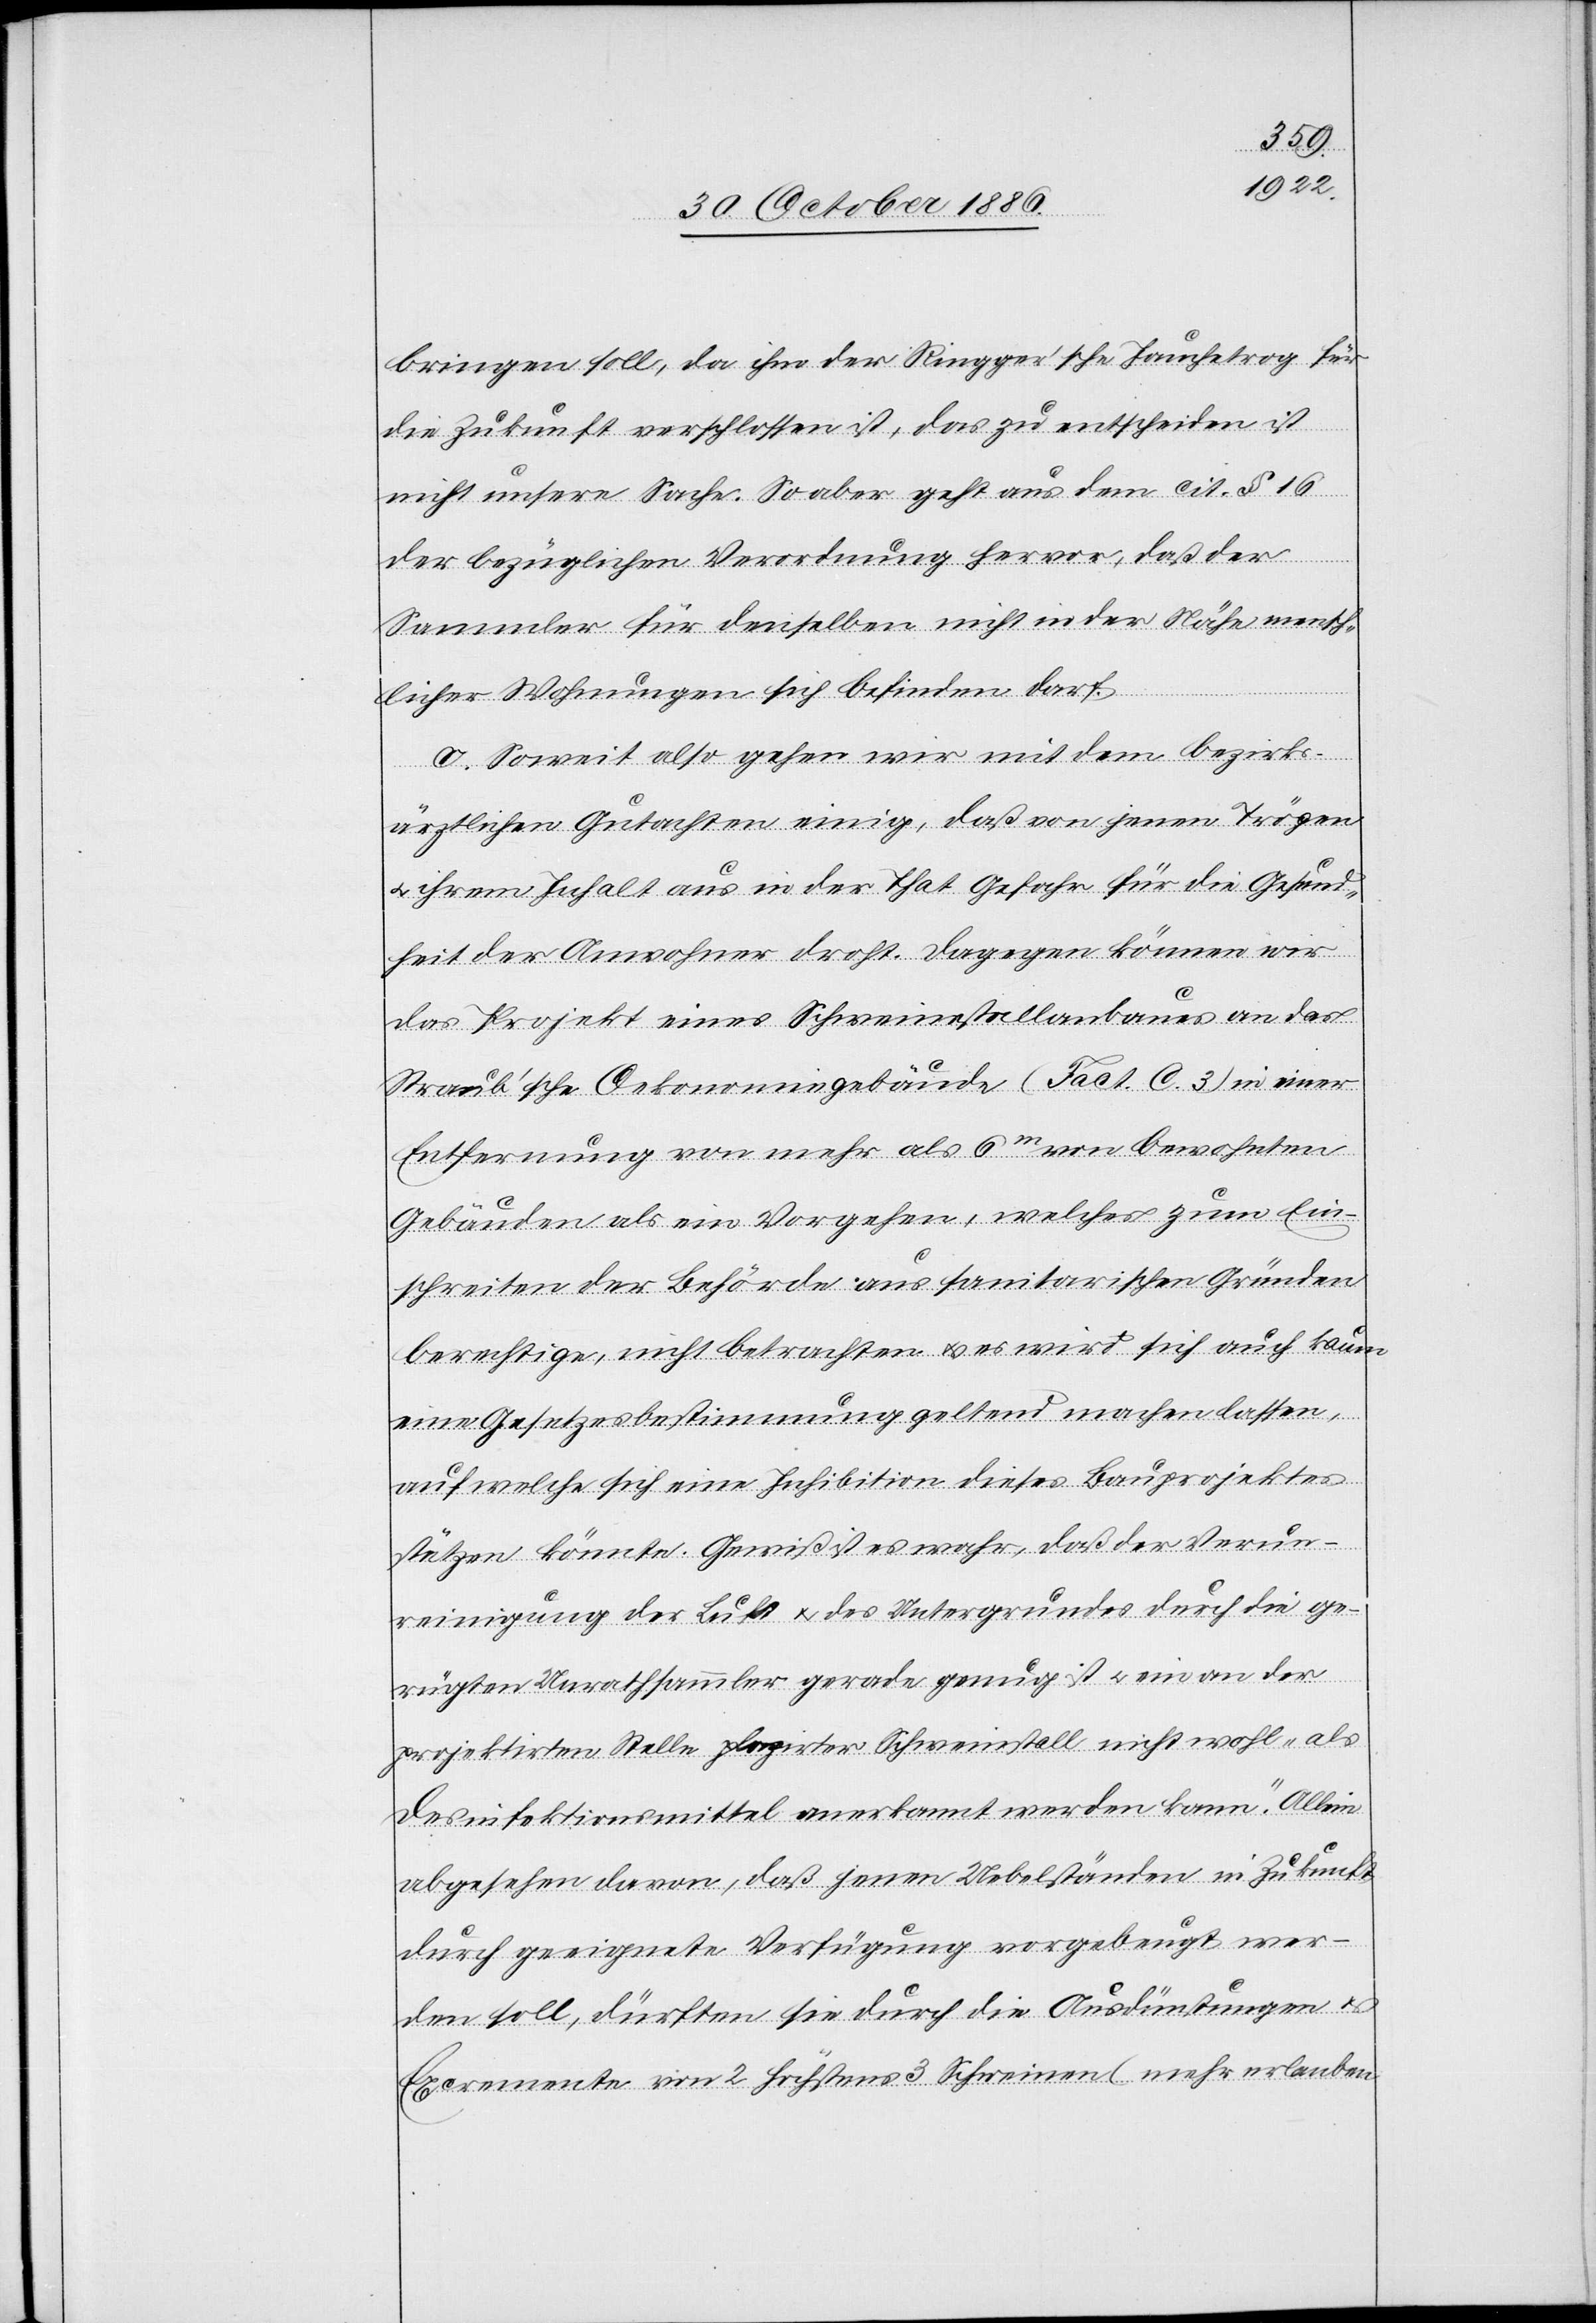
bringen soll, da ihm der Ringger’sche Jauchetrog für
die Zukunft verschlossen ist, das zu entscheiden ist
nicht unsere Sache. So aber geht aus dem cit. § 16
der bezüglichen Verordnung hervor, daß der
Sammler für denselben nicht in der Nähe mensch¬
licher Wohnungen sich befinden darf.
c. Soweit also gehen wir mit dem bezirks¬
ärztlichen Gutachten einig, daß von jenen Trögen
ihrem Inhalt aus in der That Gefahr für die Gesund¬
heit der Anwohner droht. Dagegen können wir
das Projekt eines Schweinestallanbaues an das
Straub’sche Oekonomiegebäude (Fact. C. 3) in einer
Entfernung von mehr als 6m von bewohnten
Gebäuden als ein Vorgehen, welches zum Ein¬
schreiten der Behörde aus sanitarischen Gründen
berechtige, nicht betrachten & es wird sich auch kaum
eine Gesetzesbestimmung geltend machen lassen,
auf welche sich eine Inhibition dieses Bauprojektes
stützen könnte. Gewiß ist es wahr, daß der Verun¬
reinigung der Luft & des Untergrundes durch die ge¬
rügten Unrathsammler gerade genug ist & ein an der
projektirten Stelle plazirter Schweinestall nicht wohl „als
Desinfektionsmittel anerkannt werden kann“. Allein
abgesehen davon, daß jenen Ueberständen in Zukunft
durch geeignete Verfügung vorgebeugt wer¬
den soll, dürften sie durch die Ausdünstungen &
Excremente von 2 höchstens 3 Schweinen (mehr erlauben